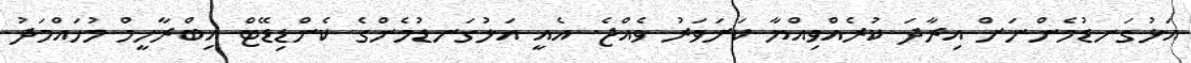
އަޅުގަނޑުމެންނަށް އިރާދަ ކުރެއްވިއްޔާ ކަށަވަރު ވެއްޖެ. އެއީ އަޅުގަނޑުމެންގެ ކެންޑިޑޭޓް އިބްރާހީމް މުހައްމަދު